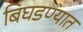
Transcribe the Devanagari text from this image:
बिघडण्यात